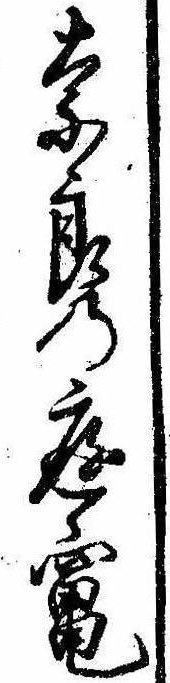
奈良の庭竃